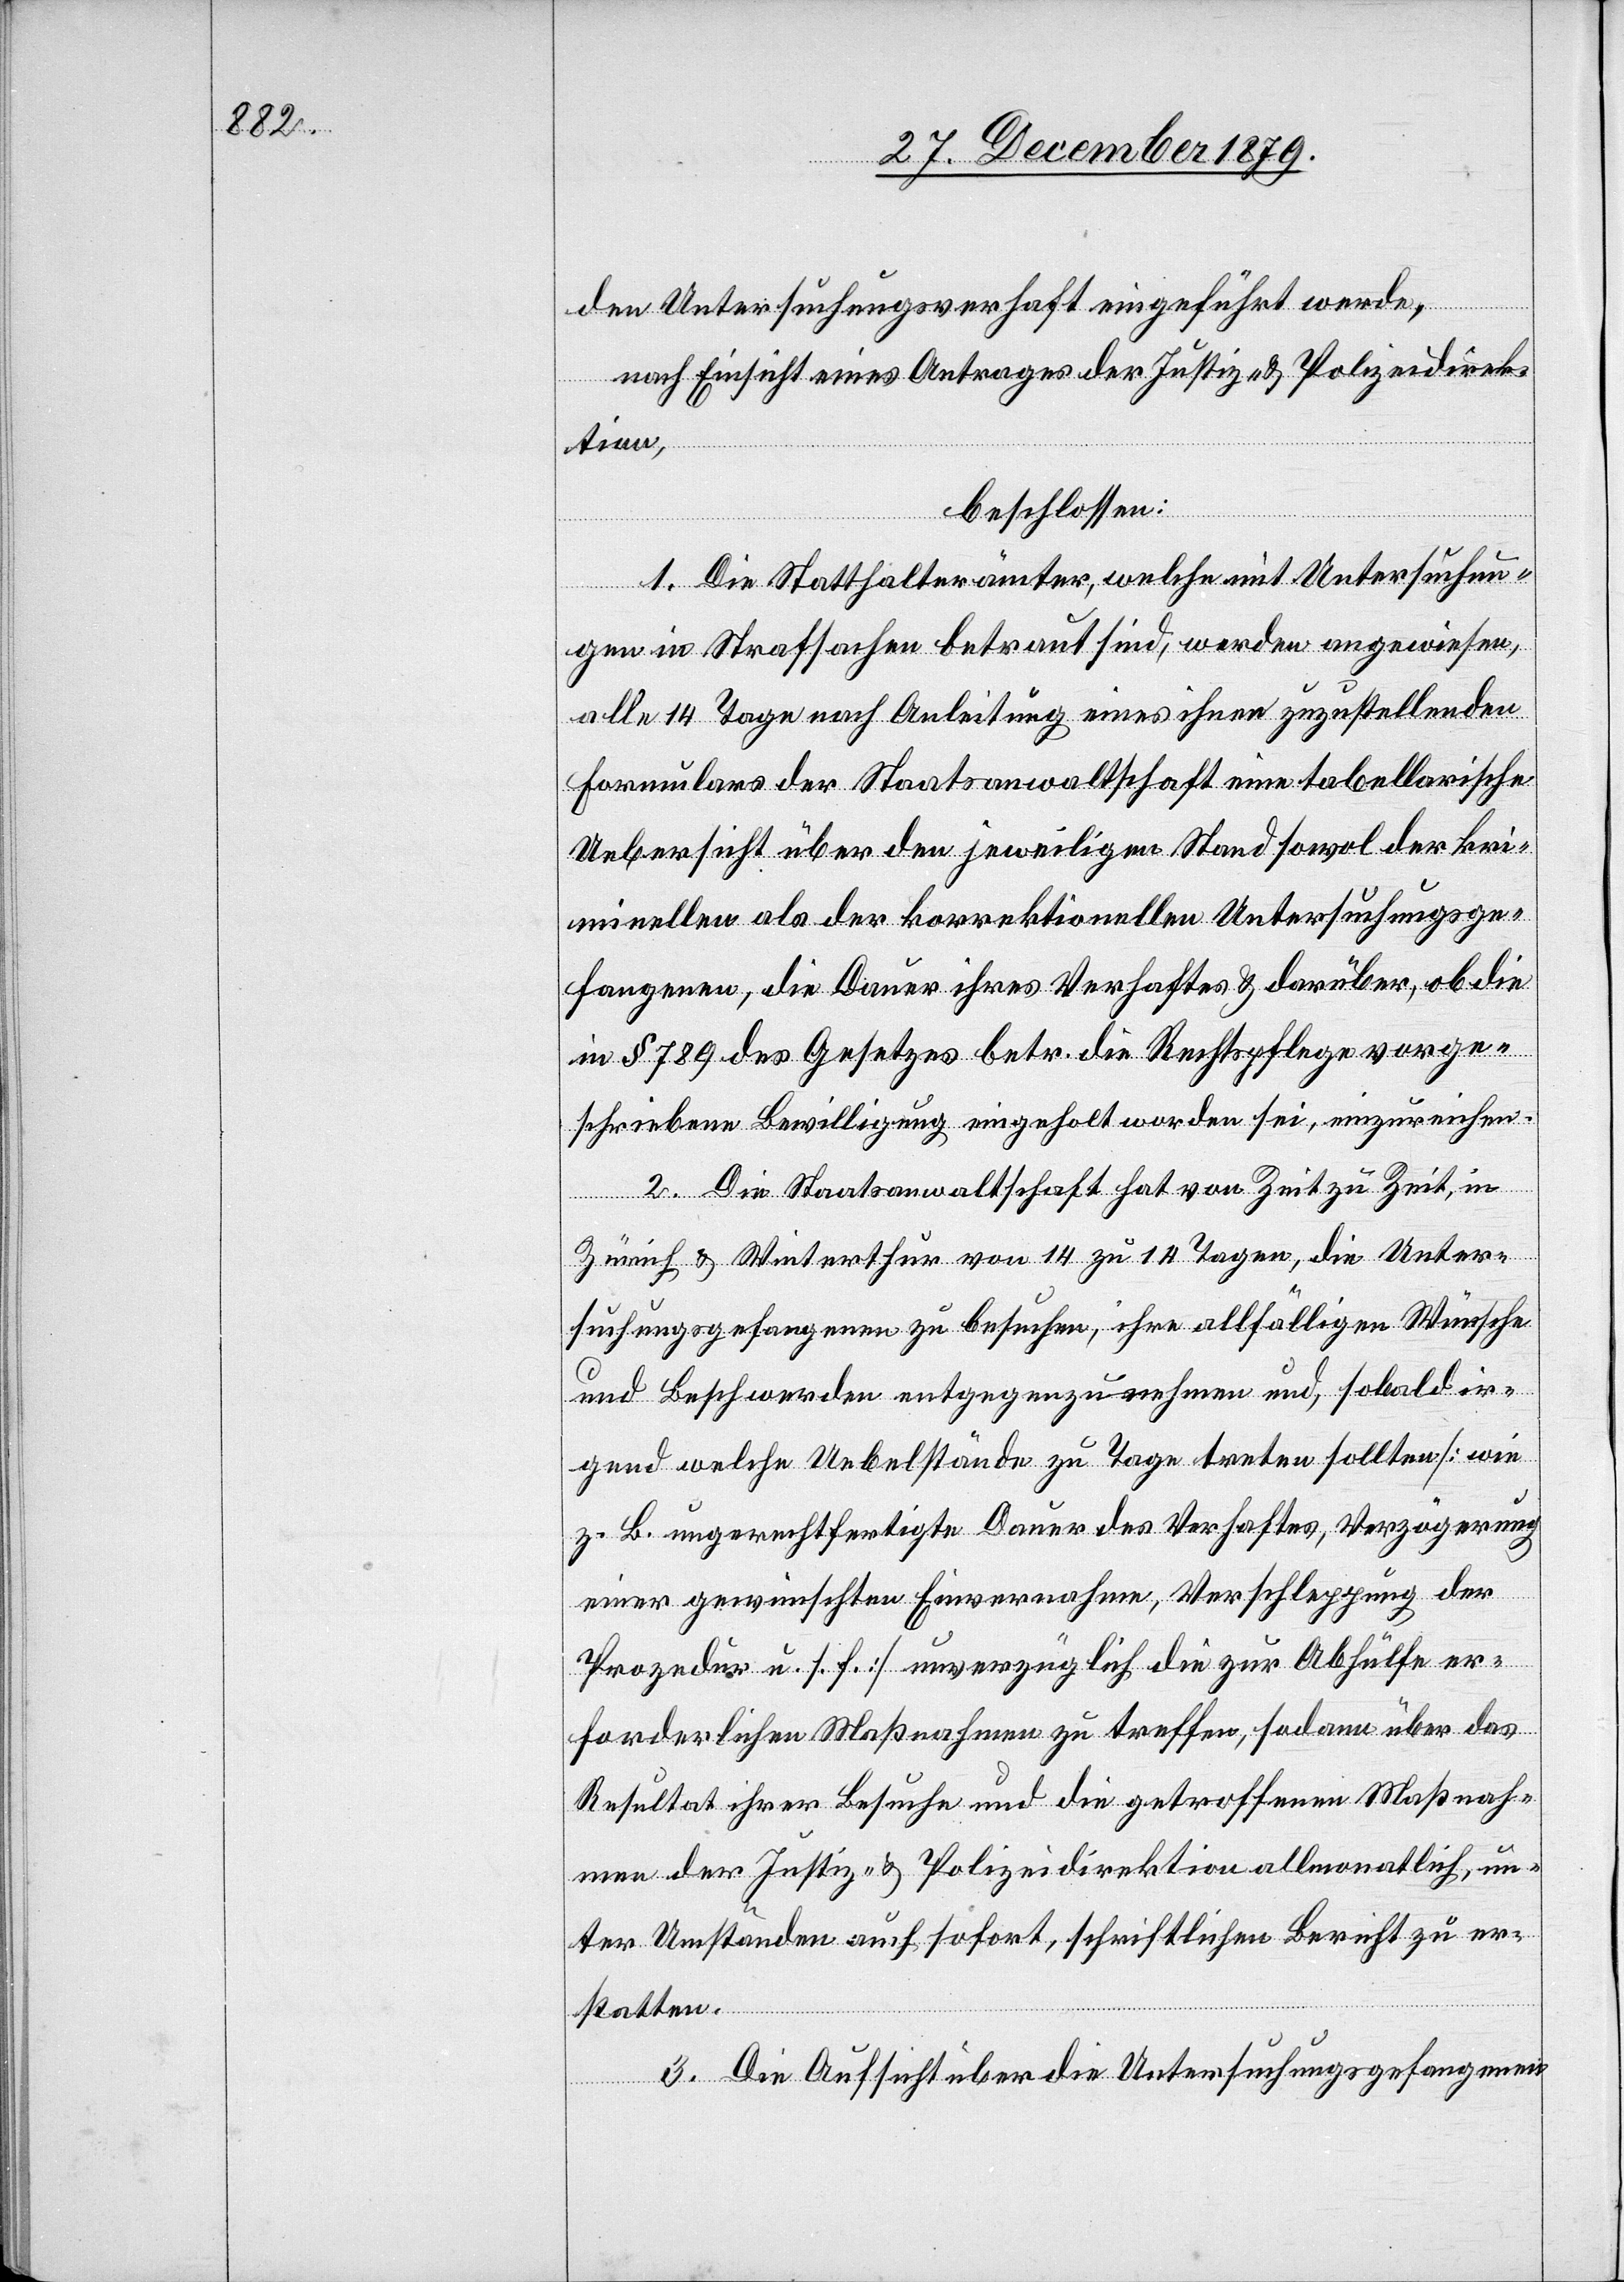
den Untersuchungsverhaft eingeführt werde,
nach Einsicht eines Antrages der Justiz- & Polizeidirek¬
tion,
beschlossen:
1. Die Statthalterämter, welche mit Untersuchun¬
gen in Strafsachen betraut sind, werden angewiesen,
alle 14 Tage nach Anleitung eines ihnen zuzustellenden
Formulars der Staatsanwaltschaft eine tabellarische
Uebersicht über den jeweiligen Stand sowol der kri¬
minellen als der korrektionellen Untersuchungsge¬
fangenen, die Dauer ihres Verhaftes & darüber, ob die
in § 789 des Gesetzes betr. die Rechtspflege vorge¬
schriebene Bewilligung eingeholt worden sei, einzureichen.
2. Die Staatsanwaltschaft hat von Zeit zu Zeit in
Zürich & Winterthur von 14 zu 14 Tagen, die Unter¬
suchungsgefangenen zu besuchen, ihre allfälligen Wünsche
und Beschwerden entgegen zu nehmen und, sobald ir¬
gend welche Uebelstände zu Tage treten sollten [wie
z. B. ungerechtfertigte Dauer des Verhaftes, Verzögerung
einer gewünschten Einvernahme, Verschleppung der
Prozedur u. s. f.] unverzüglich die zur Abhülfe er¬
forderlichen Maßnahmen zu treffen, sodann über das
Resultat ihrer Besuche und die getroffenen Maßnah¬
men der Justiz- & Polizeidirektion allmonatlich, un¬
ter Umständen auch sofort, schriftlichen Bericht zu er¬
statten.
3. Die Aufsicht über die Untersuchungsgefangenen